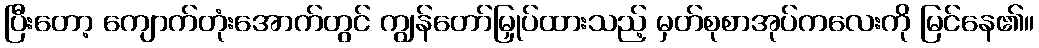
ပြီးတော့ ကျောက်တုံးအောက်တွင် ကျွန်တော်မြှုပ်ထားသည့် မှတ်စုစာအုပ်ကလေးကို မြင်နေ၏။